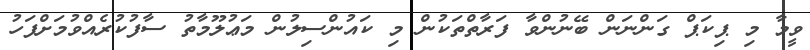
ވީމާ މި ޕިކަޕް ގަންނަން ބޭނުންވާ ފަރާތްތަކުން މި ކައުންސިލުން މަޢުލޫމާތު ސާފުކުރެއްވުމަށްފަހު